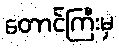
တောင်ကြီးမှ